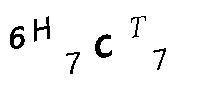
6H7CT7